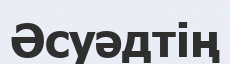
Әсуәдтің